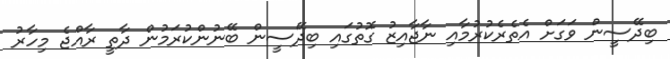
ބިދޭސީން ވަގަށް އެތެރެކުރުމާއި ނާޖާއިޒު ގޮތުގައި ބިދޭސީން ބޭނުންކުރަމުން ދާތީ ރާއްޖެ މިހާރު